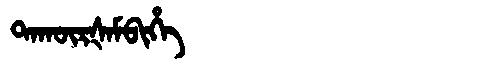
Manchu: ᡨᠠᡴᡡᡵᡧᠠᠮᠪᡳᡥᡝ
Romanization: TAKŪRŠAMBIHE